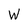
Character: W